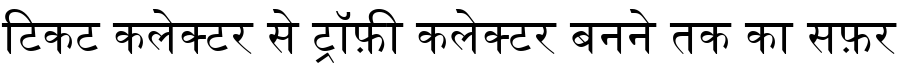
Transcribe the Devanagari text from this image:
टिकट कलेक्टर से ट्रॉफ़ी कलेक्टर बनने तक का सफ़र